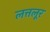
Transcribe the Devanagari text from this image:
लत्तलूर